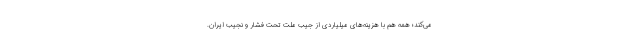
می‌کند؛ همه هم با هزینه‌های میلیاردی از جیب ملت تحت فشار و نجیب ایران.